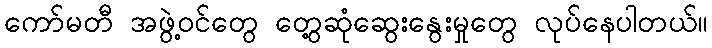
ကော်မတီ အဖွဲ့ဝင်တွေ တွေ့ဆုံဆွေးနွေးမှုတွေ လုပ်နေပါတယ်။